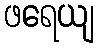
ဖရေယျ